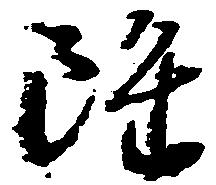
雖